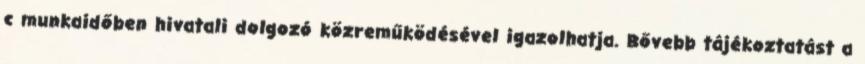
c munkaidőben hivatali dolgozó közreműködésével igazolhatja. Bővebb tájékoztatást a